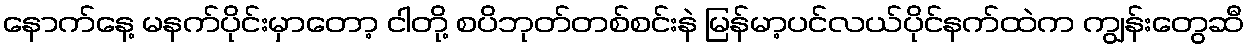
နောက်နေ့ မနက်ပိုင်းမှာတော့ ငါတို့ စပိဘုတ်တစ်စင်းနဲ မြန်မာ့ပင်လယ်ပိုင်နက်ထဲက ကျွန်းတွေဆီ